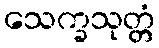
သေက္ခသုတ္တံ